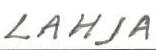
LAHJA